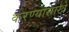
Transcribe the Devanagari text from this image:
करण्यासाखे